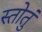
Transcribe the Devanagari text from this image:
स्तोतुं